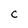
Character: C